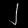
Digit: ၂